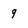
Character: 9